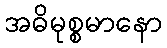
အဓိမုစ္စမာနော